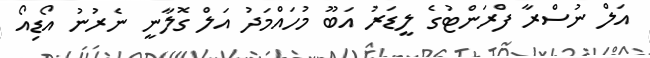
އަލް ނުސްރާ ފްރަންޓުގެ ލީޑަރު އަބޫ މުހައްމަދު އަލް ގޮލާނީ ނެރުނު އޯޑިއޯ